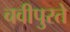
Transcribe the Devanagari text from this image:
चवीपुरते